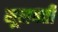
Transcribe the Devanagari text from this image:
मूलवर्ती